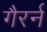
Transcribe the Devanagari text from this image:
गैरर्न